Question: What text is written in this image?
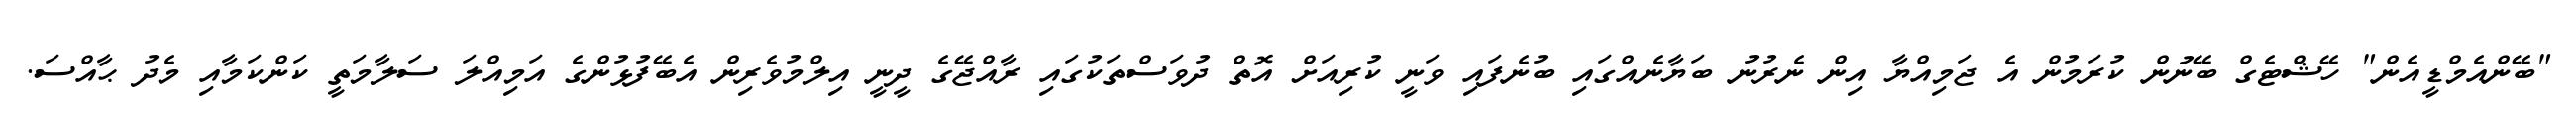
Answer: "ބޭންއެމްޑީއެން" ހޭޝްޓެގް ބޭނުން ކުރަމުން އެ ޖަމިއްޔާ އިން ނެރުނު ބަޔާނެއްގައި ބުނެފައި ވަނީ ކުރިއަށް އޮތް ދުވަސްތަކުގައި ރާއްޖޭގެ ދީނީ އިލްމުވެރިން އެބޭފުޅުންގެ އަމިއްލަ ސަލާމަތީ ކަންކަމާއި މެދު ޙާއްސަ.